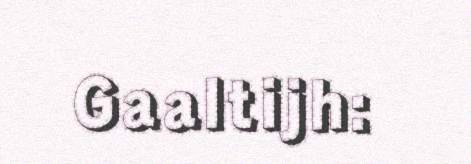
Gaaltijh: